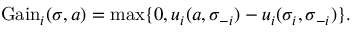
{ \mathrm { G a i n } } _ { i } ( \sigma , a ) = \operatorname* { m a x } \{ 0 , u _ { i } ( a , \sigma _ { - i } ) - u _ { i } ( \sigma _ { i } , \sigma _ { - i } ) \} .